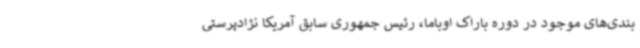
بندی‌های موجود در دوره باراک اوباما، رئیس جمهوری سابق آمریکا نژادپرستی